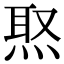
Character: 焣